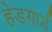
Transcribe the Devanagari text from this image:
हेडगार्ड